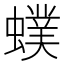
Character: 䗱